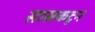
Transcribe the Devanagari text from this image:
सासकटून